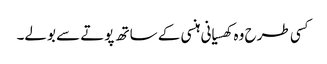
کسی طرح وہ کھسیانی ہنسی کے ساتھ پوتے سے بولے۔